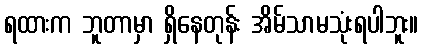
ရထားက ဘူတာမှာ ရှိနေတုန်း အိမ်သာမသုံးရပါဘူး။